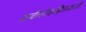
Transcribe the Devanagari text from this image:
सर्वलोकहितकारी